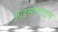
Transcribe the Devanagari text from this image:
आइसोलाइन